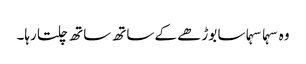
وہ سہما سہما سا بوڑھے کے ساتھ ساتھ چلتا رہا۔